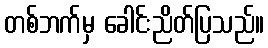
တစ်ဘက်မှ ခေါင်းညိတ်ပြသည်။